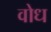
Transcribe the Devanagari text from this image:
वोध